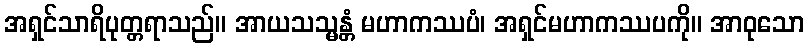
အရှင်သာရိပုတ္တရာသည်။ အာယသသ္မန္တံ မဟာကဿပံ၊ အရှင်မဟာကဿပကို။ အာဝုသော